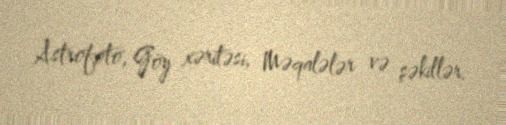
Astrofoto, Göy xəritəsi, Məqalələr və şəkillər.